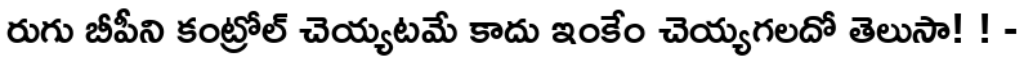
రుగు బీపీని కంట్రోల్ చెయ్యటమే కాదు ఇంకేం చెయ్యగలదో తెలుసా! ! -